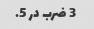
3 ضرب در 5.